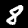
Digit: 8